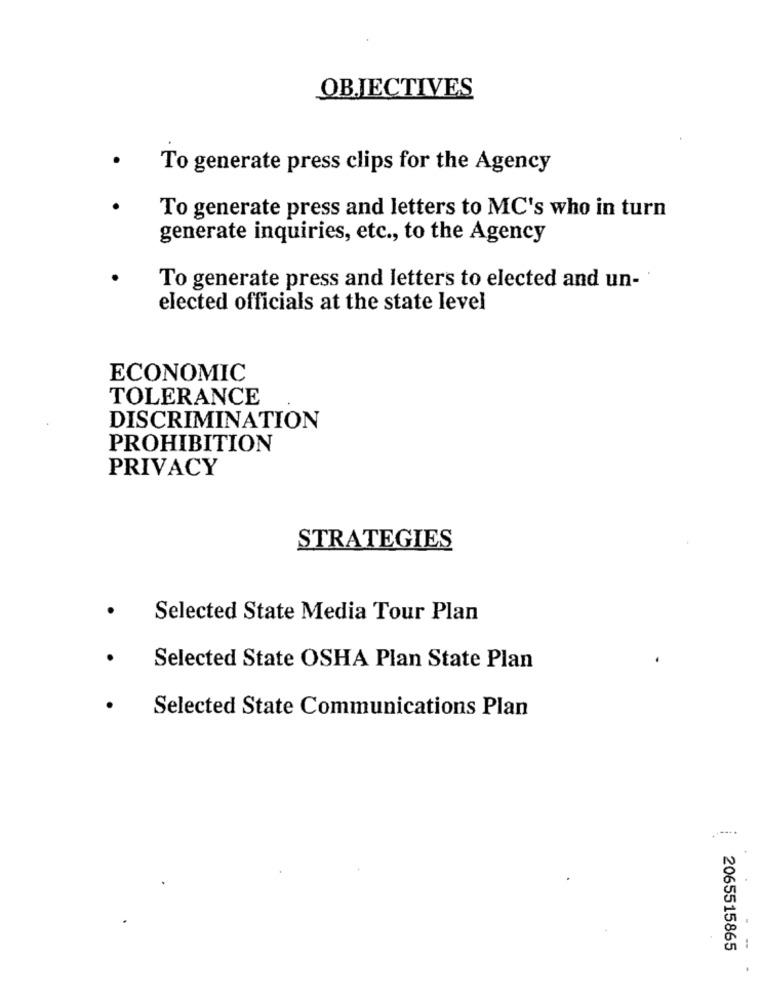
OBJECTIVES
To generate press clips for the Agency
To generate press and letters to MC's who in turn
generate inquiries, etc ., to the Agency
To generate press and letters to elected and un-
elected officials at the state level
ECONOMIC
TOLERANCE
DISCRIMINATION
PROHIBITION
PRIVACY
STRATEGIES
Selected State Media Tour Plan
Selected State OSHA Plan State Plan
Selected State Communications Plan
2065515865